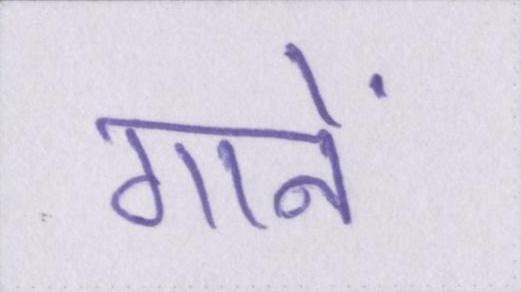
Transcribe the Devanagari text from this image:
गानें